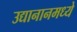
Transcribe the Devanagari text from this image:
उद्यानानमध्ये